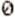
0